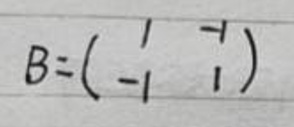
\[
B = \begin{pmatrix}
1 & -1 \\
-1 & 1
\end{pmatrix}
\]